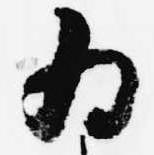
為